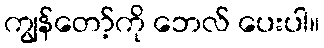
ကျွန်တော့်ကို ဘေလ် ပေးပါ။